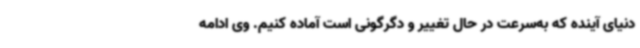
دنیای آینده که به‌سرعت در حال تغییر و دگرگونی است آماده کنیم. وی ادامه